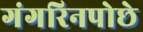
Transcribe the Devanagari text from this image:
गंगरिनपोछे